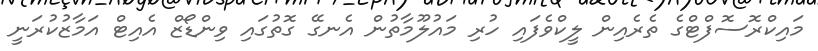
މައިކްރޮސޮފްޓްގެ ތެރެއިން ލީކްވެފައި ހުރި މައުލޫމާތުން އެނގޭ ގޮތުގައި ވިންޑޯޒް އެއިޓް އަމާޒުކުރަނީ